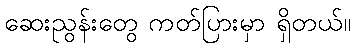
ဆေးညွန်းတွေ ကတ်ပြားမှာ ရှိတယ်။